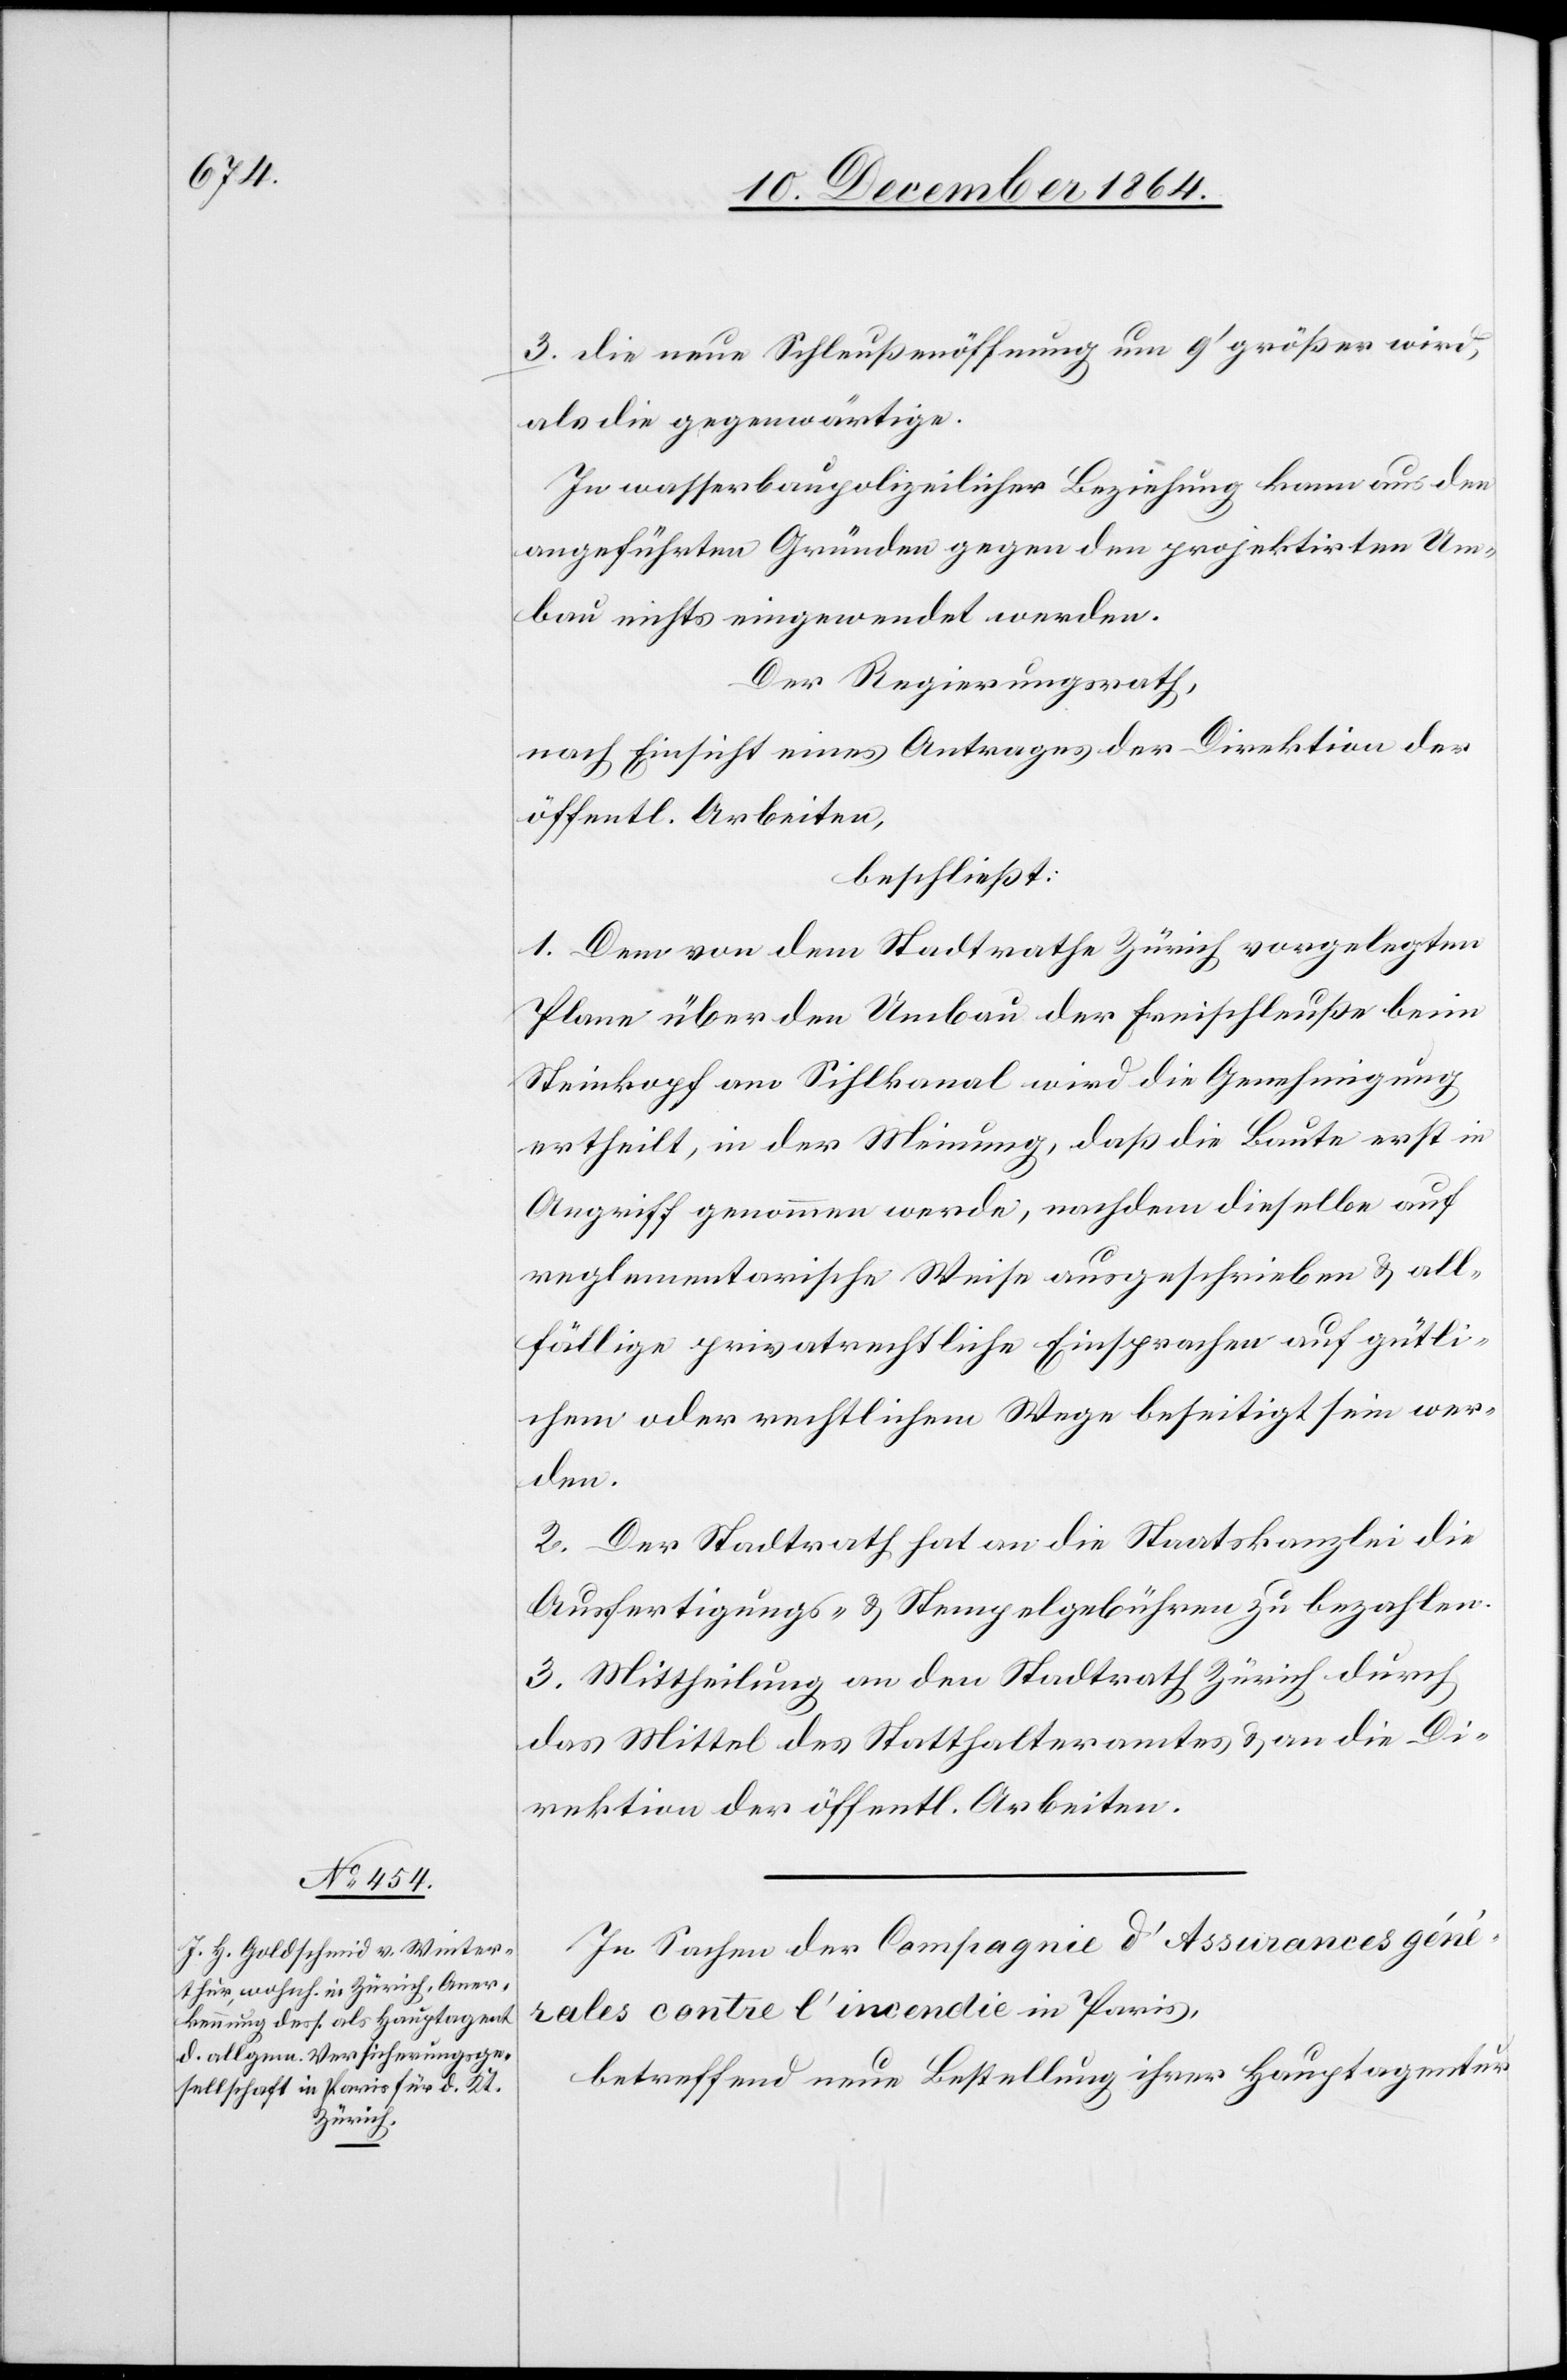
3. die neue Schleußenöffnung um 9’ größer wird,
als die gegenwärtige.
In wasserbaupolizeilicher Beziehung kann aus den
angeführten Gründen gegen den projektirten Um¬
bau nichts eingewendet werden.
Der Regierungsrath,
nach Einsicht eines Antrages der Direktion der
öffentl. Arbeiten,
beschließt:
1. Dem von dem Stadtrathe Zürich vorgelegten
Plane über den Umbau der Freischleuße beim
Steinkopf am Sihlkanal wird die Genehmigung
ertheilt, in der Meinung, daß die Baute erst in
Angriff genommen werde, nachdem dieselbe auf
reglementarische Weise ausgeschrieben & all¬
fällige privatrechtliche Einsprachen auf gütli¬
chem oder rechtlichen Wege beseitigt sein wer¬
den.
2. Der Stadtrath hat an die Staatskanzlei die
Ausfertigungs- & Stempelgebühren zu bezahlen.
3. Mittheilung an den Stadtrath Zürich durch
das Mittel des Statthalteramtes & an die Di¬
rektion der öffentl. Arbeiten.
In Sachen der Compagnie d’Assurances géne¬
rals contre l’incendie in Paris,
betreffend neue Bestellung ihrer Hauptagentur